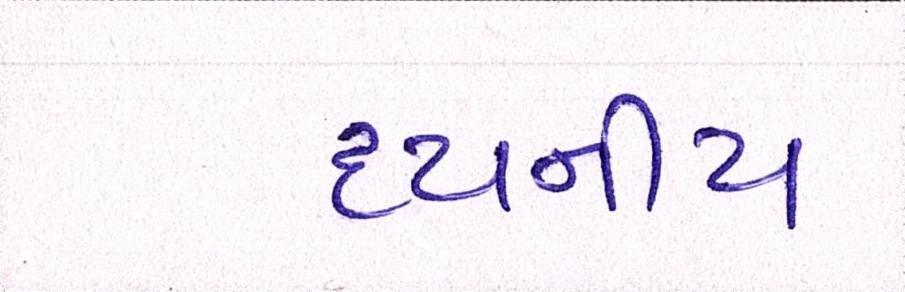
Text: દયનીય